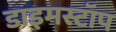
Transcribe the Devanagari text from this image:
डाइमस्टॉप